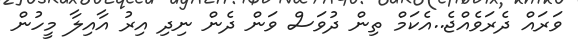
ވަރައް ދެރަވެއްޖެ..އެކަމް ތިން ދުވަސް ވަން ދެން ނިދި އިރު އާއިލާ މީހުން